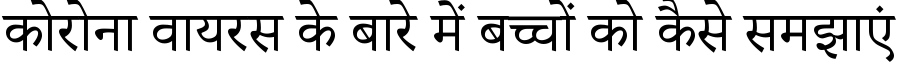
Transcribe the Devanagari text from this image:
कोरोना वायरस के बारे में बच्चों को कैसे समझाएं